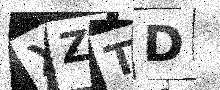
Text: XZTD